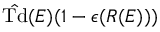
{ \hat { \mathrm { T d } } } ( E ) ( 1 - \epsilon ( R ( E ) ) )